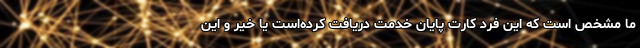
ما مشخص است که این فرد کارت پایان خدمت دریافت کرده‌است یا خیر و این